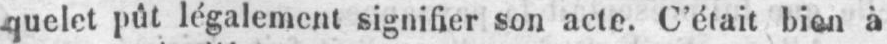
quelet pût légalement signifier son acte. C’était bien à